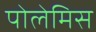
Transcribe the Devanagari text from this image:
पोलेमिस